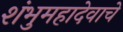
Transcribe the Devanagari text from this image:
शंभुमहादेवाचे